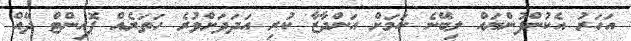
އަހަރު އެކުންފުންޔައް ލިބޭނެ ކަމަށް އަންދާޒާ ކުރި އަދަދަށްވުރެ ހަތަރެއް ޕޮއިންޓް ދޭއް